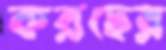
করছের